Report on horse surra - Volume I
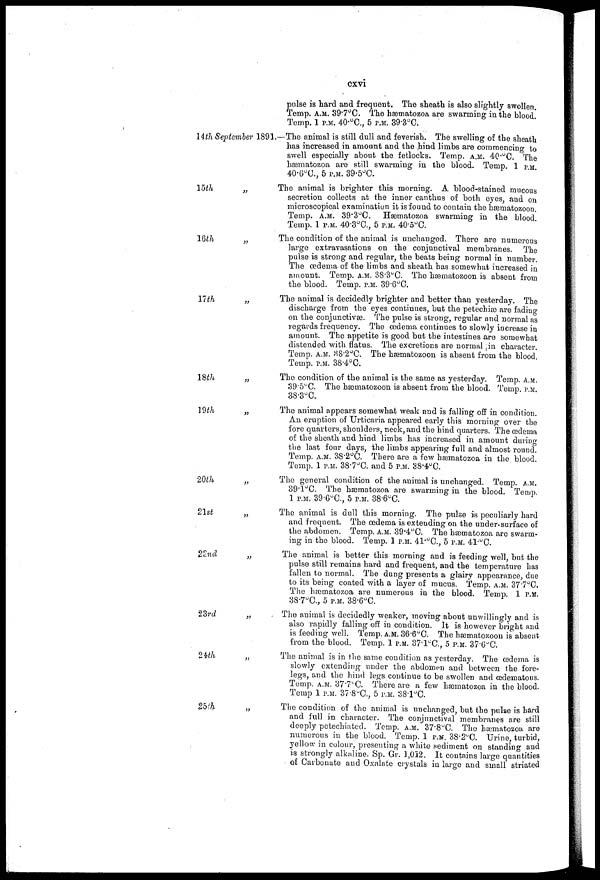
cxvi
14th September 1891.
15th
„
16th
„
17th
18th
19th
20th
21st
„
22nd
„
23rd
„
24th
„
25th
pulse is hard and frequent. The sheath is also slightly swollen.
Temp. A.M 39.7°C. The hæmatozoa are swarming in the blood.
Temp. 1 P.M 40°C., 5 P.M 39.3°C.
—The animal is still dull and feverish. The swelling of the sheath
has increased in amount and the hind limbs are commencing to
swell especially about the fetlocks. Temp. A.M 40. O C. The
hæmatozoa are still swarming in the blood. Temp. 1 P.M
40.6°C., 5 P.M 39.5°C.
The animal is brighter this morning. A blood-stained mucous
secretion collects at the inner canthus of both eyes, and on
microscopical examination it is found to contain the hæmatozoon.
Temp. A.M 39.3°C. Hæmatozoa swarming in the blood.
Temp. 1 P.M 40.3°C, 5 P.M 40.5°C.
The condition of the animal is unchanged. There are numerous
large extravasations on the conjunctival membranes. The
pulse is strong and regular, the beats being normal in number.
The oedema of the limbs and sheath has somewhat increased in
amount. Temp. A.M 38.3°C. The hæmatozoon is absent from
the blood. Temp. P.M 39.6°C.
The animal is decidedly brighter and better than yesterday. The
discharge from the eyes continues, but the petechiæ are fading
on the conjunctivæ. The pulse is strong, regular and normal as
regards frequency. The oedema continues to slowly increase in
amount. The appetite is good but the intestines are somewhat
distended with flatus. The excretions are normal in character.
Temp. A.M 38.2°C. The hæmatozoon is absent from the blood.
Temp. P.M 38.4°C.
The condition of the animal is the same as yesterday. Temp. A.M
39.5°C. The hæmatbzoon is absent from the blood. Temp. P.M
38.3°C.
The animal appears somewhat weak and is falling off in condition.
An eruption of Urticaria appeared early this morning over the
fore quarters, shoulders, neck, and the hind quarters. The 03dema
of the sheath and hind limbs has increased in amount during
the last four days, the limbs appearing full and almost round.
Temp. A.M 38.2°C. There are a few hæmatozoa in the blood.
Temp. 1 P.M 38.7°C. and 5 P.M 38.4°C.
The general condition of the animal is unchanged. Temp. A.M
39.1°C. The hæmatozoa are swarming in the blood. Temp.
1 P.M 39.6°C, 5 P.M 38.6°C.
The animal is dull this morning. The pulse is peculiarly hard
and frequent. The oedema is extending on the under-surface of
the abdomen. Temp. A.M 39.4°C. The hæmatozoa are swarm-
ing in the blood. Temp. 1 P.M 41.°C, 5 P.M 41.°C.
The animal is better this morning and is feeding well, but the
pulse still remains hard and frequent, and the temperature has
fallen to normal. The dung presents a glairy appearance, due
to its being coated with a layer of mucus. Temp. A.M 37.7°C.
The hæmatozoa are numerous in the blood. Temp. 1 P.M
38.7°C., 5 P.M 38.6°C.
The animal is decidedly weaker, moving about unwillingly and is
also rapidly falling off in condition. It is however bright and
is feeding well. Temp. A.M 36.6°C. The hæmatozoon is absent
from the blood. Temp. 1 P.M 37.1ºC, 5 P.M 37-6ºC.
The animal is in the same condition as yesterday. The œdema is
slowly extending under the abdomen and between the fore-
legs, and the hind legs continue to be swollen and (Edematous.
Temp. A.M 377ºC. There are a few hæmatozoa in the blood.
Temp 1 P.M 37.8°C, 5 P.M 38.1°C.
The condition of the animal is unchanged, but the pulse is hard
and full in character. The conjunctival membranes are still
deeply petechiated. Temp. A.M 37.8ºC. The hæmatozoa are
numerous in the blood. Temp. 1 P.M 38.2°C Urine, turbid,
yellow in colour, presenting a white sediment on standing and
is strongly alkaline. Sp. Gr. 1,012. It contains large quantities
of Carbonate and Oxalate crystals in large and small striated